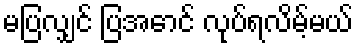
မပြလျှင် ပြအောင် လုပ်ရလိမ့်မယ်